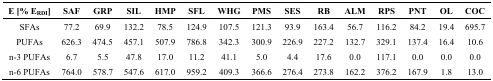
| E [% ERDI] | SAF | GRP | SIL | HMP | SFL | WHG | PMS | SES | RB | ALM | RPS | PNT | OL | COC |
 | --- | --- | --- | --- | --- | --- | --- | --- | --- | --- | --- | --- | --- | --- | --- |
 | SFAs | 77.2 | 69.9 | 132.2 | 78.5 | 124.9 | 107.5 | 121.3 | 93.9 | 163.4 | 56.7 | 116.2 | 84.2 | 19.4 | 695.7 |
 | PUFAs | 626.3 | 474.5 | 457.1 | 507.9 | 786.8 | 342.3 | 300.9 | 226.9 | 227.2 | 132.7 | 329.1 | 137.4 | 16.4 | 10.6 |
 | n-3 PUFAs | 6.7 | 5.5 | 47.8 | 17.0 | 11.2 | 41.1 | 5.0 | 4.4 | 17.6 | 0.0 | 117.1 | 0.0 | 0.0 | 0.0 |
 | n-6 PUFAs | 764.0 | 578.7 | 547.6 | 617.0 | 959.2 | 409.3 | 366.6 | 276.4 | 273.8 | 162.2 | 376.2 | 167.9 | 1.8 | 13.0 |